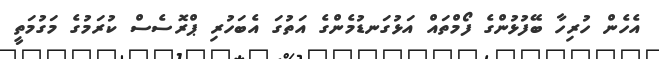
އެހެން ހުރިހާ ބޭފުޅުންގެ ފޯމްތައް އަޅުގަނޑުމެންގެ އަތުގަ އެބަހުރި ޕްރޮސެސް ކުރަމުގެ މަގުމަތީ